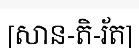
[សាន-តិ-រ័ត]